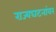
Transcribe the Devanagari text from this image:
राज्यघटनांवर